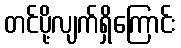
တင်ပို့လျက်ရှိကြောင်း